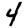
Digit: 4